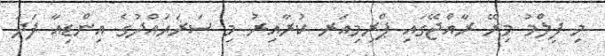
މި ފިލްމު މިރޭ ރާއްޖޭގައި ޕްރިމިއަރ ކުރާއިރު މި ސަރަޙައްދުގެ އިންޑިއާ ފަދަ